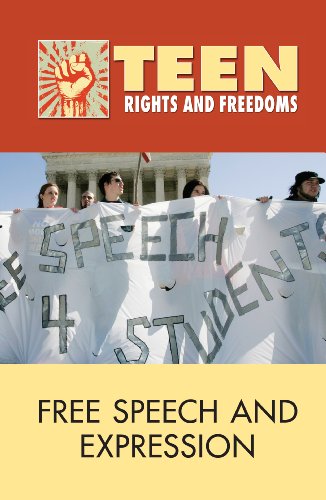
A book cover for Free Speech and Expression (Teen Rights and Freedoms); Noel Merino; Teen & Young Adult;